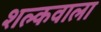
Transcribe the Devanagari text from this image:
शल्कवाला